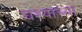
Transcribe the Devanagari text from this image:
घश्याच्या